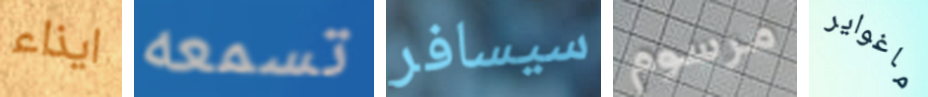
ايذاء تسمعه سيسافر مرسوم ماغواير